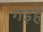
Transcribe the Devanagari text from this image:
गड़हे